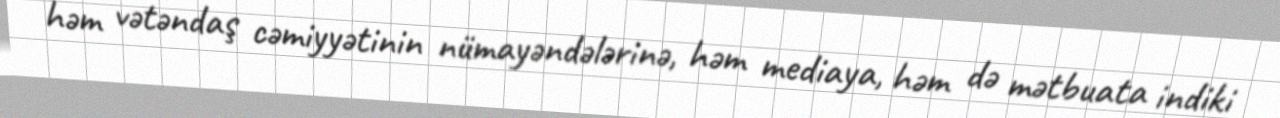
həm vətəndaş cəmiyyətinin nümayəndələrinə, həm mediaya, həm də mətbuata indiki